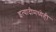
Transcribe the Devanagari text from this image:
इत्यादीमध्येही